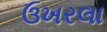
ઉખરલા